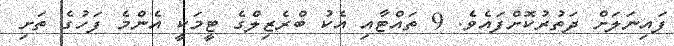
ފައިނަލަށް ދަތުރުކޮށްފައެވެ. 9 ތައްޓާއި އެކު ބްރެޒިލްގެ ޓީމަކީ އެންމެ ފަހުގެ ތަށި